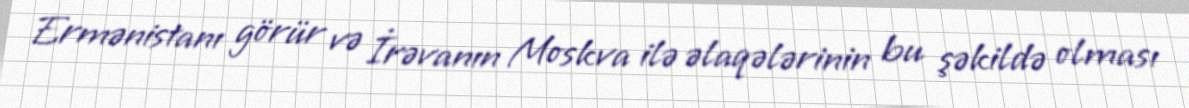
Ermənistanı görür və İrəvanın Moskva ilə əlaqələrinin bu şəkildə olması